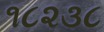
૧૮૨૩૮